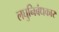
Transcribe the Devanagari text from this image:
लघुनिबंधकार